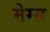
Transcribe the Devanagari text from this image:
मेग्स